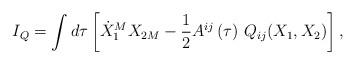
LaTeX: \begin{align*}I_{Q}=\int d\tau \left[ \dot{X}_{1}^{M}X_{2M}-{\frac{1}{2}}A^{ij}\left( \tau\right) \,Q_{ij}(X_{1},X_{2})\right] , \end{align*}